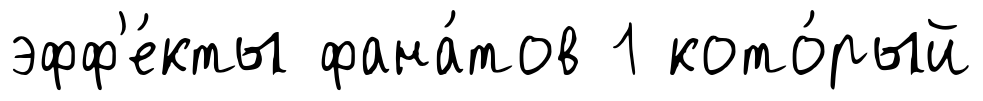
эфф'е́кты фана́тов 1 кото́рый